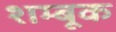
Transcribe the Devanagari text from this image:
शम्बूक